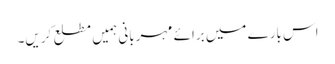
اس بارے میں برائے مہربانی ہمیں مطلع کریں۔